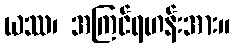
ယဿ၊ အကြင်ရဟန်းအား။